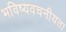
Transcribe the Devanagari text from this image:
भविष्‍यवचनीयता